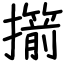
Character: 擶